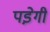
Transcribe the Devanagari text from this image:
पडे़गी